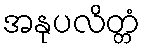
အနုပလိတ္တံ